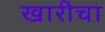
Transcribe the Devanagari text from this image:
खारीचा